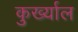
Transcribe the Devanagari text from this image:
कुर्ख्याल